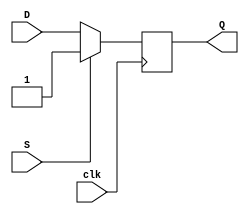
module dff (
    input wire clk,
    input wire D,
    input wire S,
    output reg Q
);

always @(posedge clk) begin
    if (S) begin
        Q <= 1'b1;
    end else begin
        Q <= D;
    end
end

endmodule